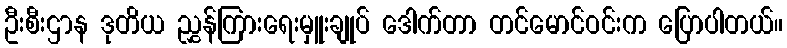
ဦးစီးဌာန ဒုတိယ ညွှန်ကြားရေးမှူးချုပ် ဒေါက်တာ တင်မောင်ဝင်းက ပြောပါတယ်။